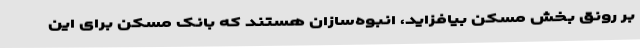
بر رونق بخش مسکن بیافزاید، انبوه‌سازان هستند که بانک مسکن برای این